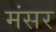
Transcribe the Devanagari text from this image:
मंसर